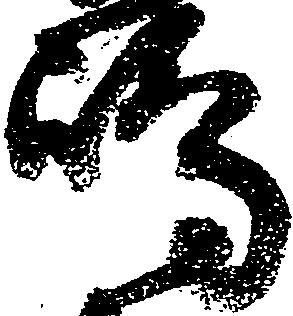
嶋